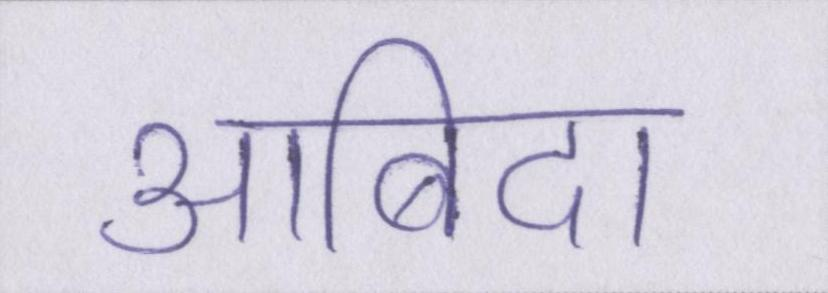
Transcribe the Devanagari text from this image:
आबिदा